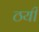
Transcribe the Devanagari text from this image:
ठयी